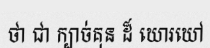
ថា ជា ក្បាច់គុន ដ៏ ឃោរឃៅ